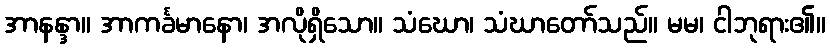
အာနန္ဒာ။ အာကင်္ခမာနော၊ အလိုရှိသော။ သံဃော၊ သံဃာတော်သည်။ မမ၊ ငါဘုရား၏။